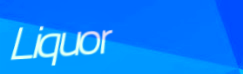
Liquor